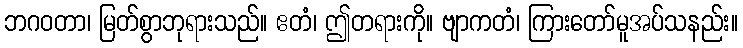
ဘဂဝတာ၊ မြတ်စွာဘုရားသည်။ ဧတံ၊ ဤတရားကို။ ဗျာကတံ၊ ကြားတော်မူအပ်သနည်း။